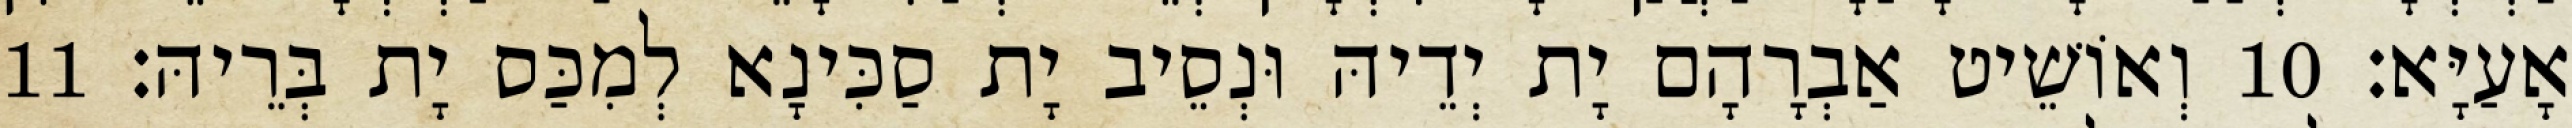
אָעַיָּא׃ 10 וְאוֹשֵׁיט אַבְרָהָם יָת יְדֵיהּ וּנְסֵיב יָת סַכִּינָא לְמִכַּס יָת בְּרֵיהּ׃ 11